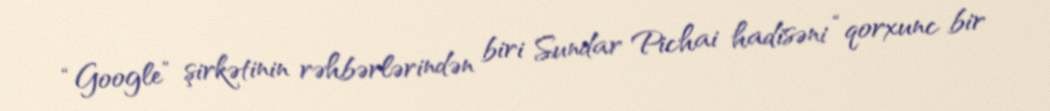
“Google” şirkətinin rəhbərlərindən biri Sundar Pichai hadisəni “qorxunc bir